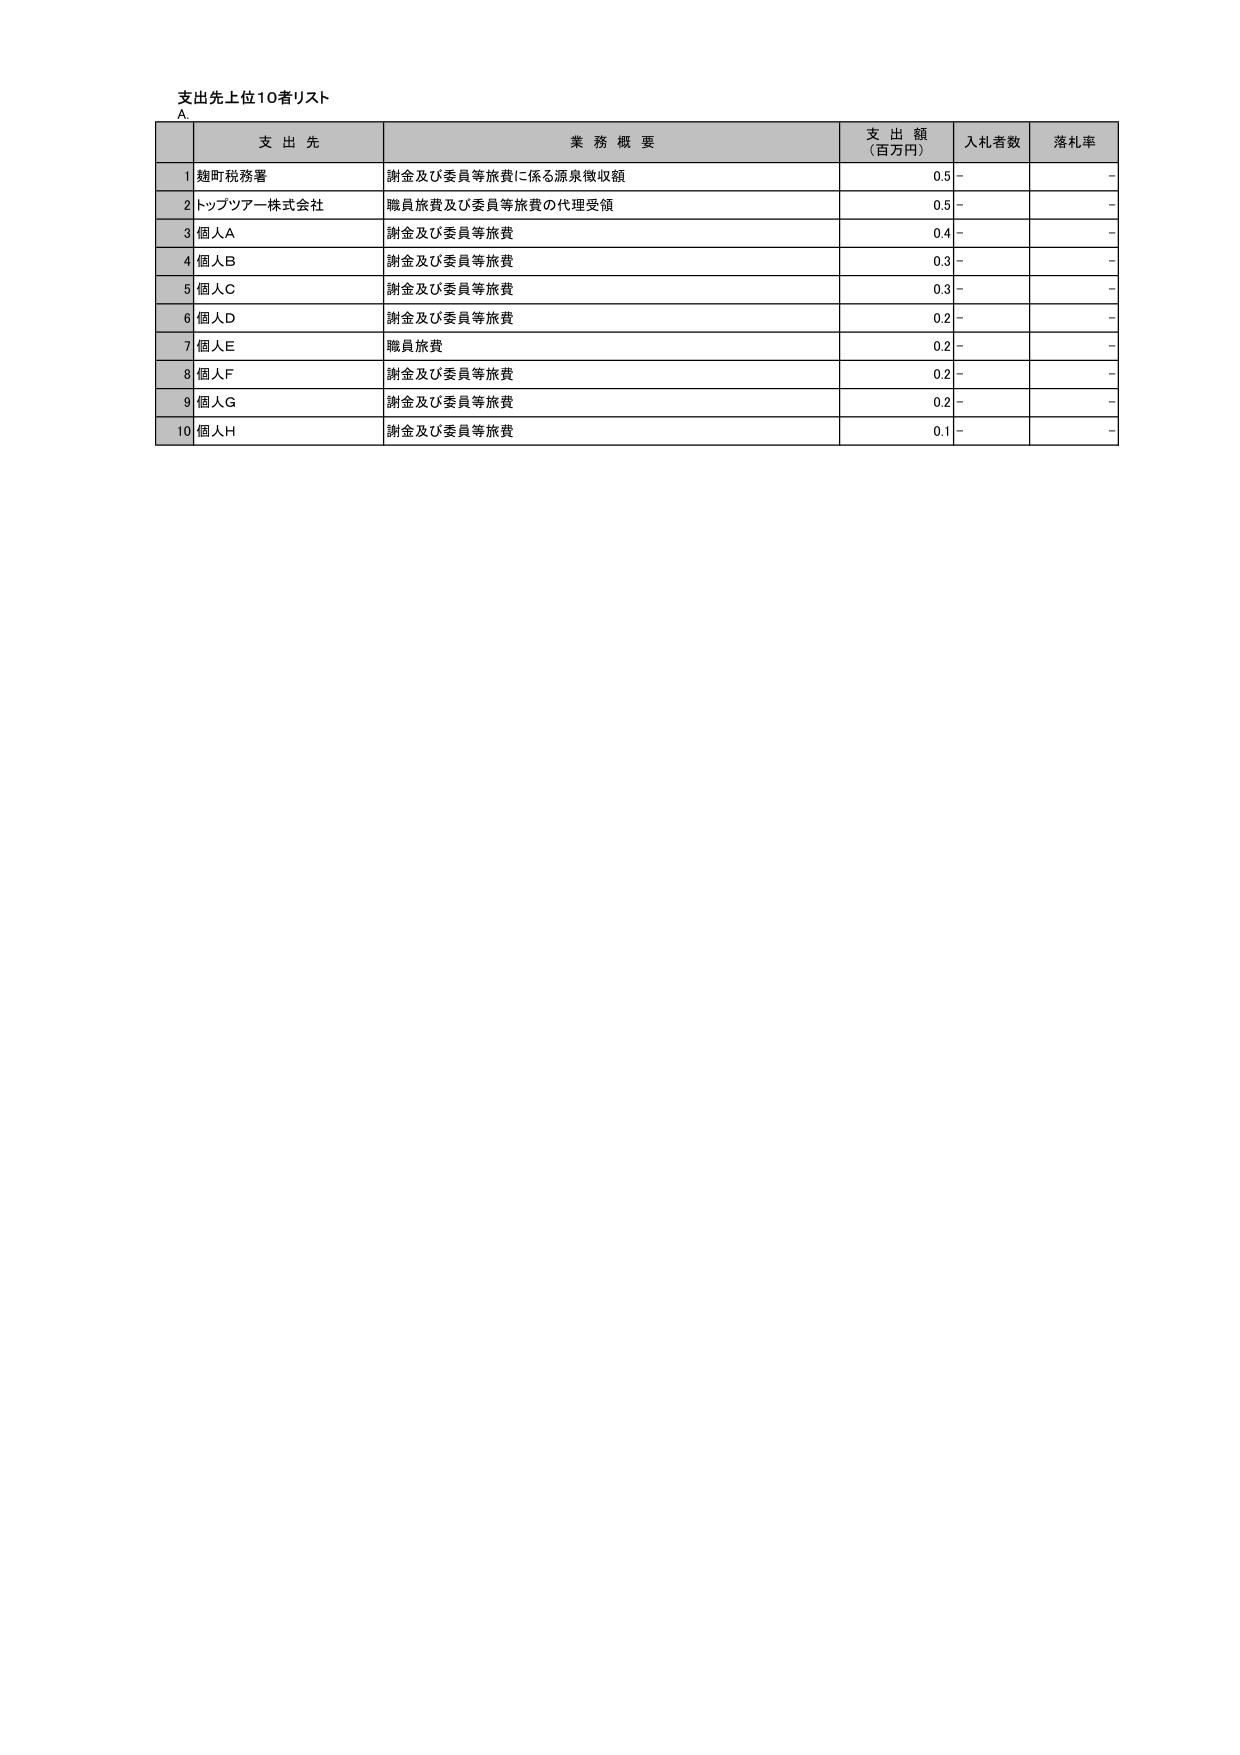
支出先上位10者リスト
A.
支 出 先 業 務 概 要 支 出 額 （百万円） 入札者数 落札率
1 魏町税務署 謝金及び委員等旅費に係る源泉徴収額 0.5 - -
2 トップツアー株式会社 職員旅費及び委員等旅費の代理受領 0.5 - -
3 個人A 謝金及び委員等旅費 0.4 - -
4 個人B 謝金及び委員等旅費 0.3 - -
5 個人C 謝金及び委員等旅費 0.3 - -
6 個人D 謝金及び委員等旅費 0.2 - -
7 個人E 職員旅費 0.2 - -
8 個人F 謝金及び委員等旅費 0.2 - -
9 個人G 謝金及び委員等旅費 0.2 - -
10 個人H 謝金及び委員等旅費 0.1 - -